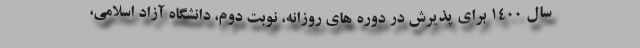
سال ۱۴۰۰ برای پذیرش در دوره های روزانه، نوبت دوم، دانشگاه آزاد اسلامی،